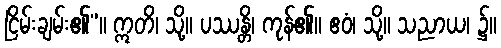
ငြိမ်းချမ်း၏”။ ဣတိ၊ သို့။ ပဿန္တိ၊ ကုန်၏။ ဧဝံ၊ သို့။ သညာယ၊ ၌။